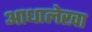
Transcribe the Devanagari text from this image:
आधालेखा